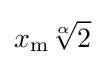
x_{\mathrm {m} }{\sqrt[{\alpha }]{2}}